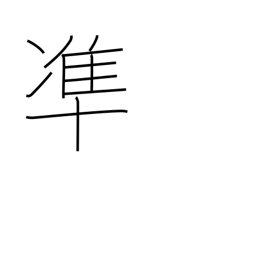
Meaning: conform